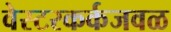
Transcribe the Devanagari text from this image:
वेस्टरकर्कजवळ